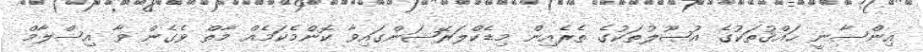
އިންސާނީ ޙައްޤުތަކުގެ އުޞޫލުތަކުގެ ތެރެއިން މިޑެކްލަރޭޝަންގައިވާ ކޮންމެކަމެއް މާތް ވެގެން ވާ އިސްލާމް